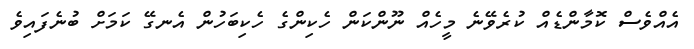
އެއްވެސް ކޮމާންޑެއް ކުރެވޭނެ މީހެއް ނޫންކަން ހެކިންގެ ހެކިބަހުން އެނގޭ ކަމަށް ބުނެފައިވެ